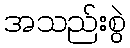
အသည်းစွဲ